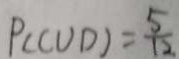
P ( C U D ) = \frac { 5 } { 1 2 }